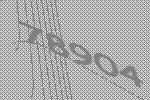
78904